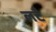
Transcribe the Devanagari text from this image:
लटै